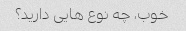
خوب، چه نوع هایی دارید؟